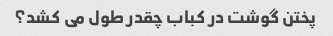
پختن گوشت در کباب چقدر طول می کشد؟